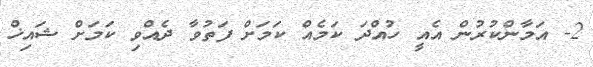
2- އަމާންކުރުން އެއީ ހުއްދަ ކަމެއް ކަމަށް ފަތުވާ ދެއްވި ކަމަށް ޝައިޚް